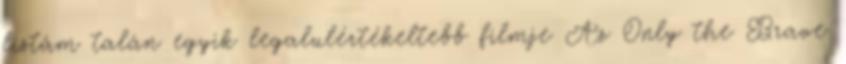
listám talán egyik legalulértékeltebb filmje Az Only the Brave